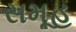
સમૂહ